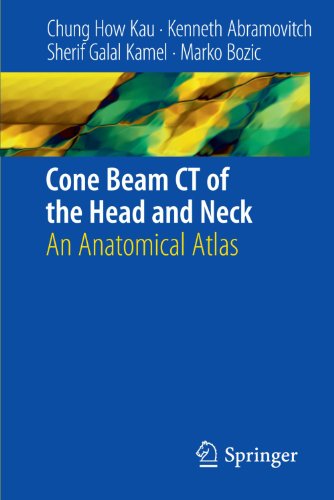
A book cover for Cone Beam CT of the Head and Neck: An Anatomical Atlas; Chung H. Kau; Medical Books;